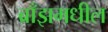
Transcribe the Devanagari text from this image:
ब्राँझमधील